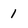
Character: 1